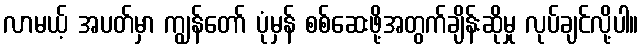
လာမယ့် အပတ်မှာ ကျွန်တော် ပုံမှန် စစ်ဆေးဖို့အတွက်ချိန်းဆိုမှု လုပ်ချင်လို့ပါ။